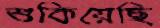
শুকিয়েছি